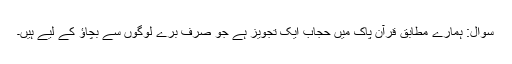
سوال: ہمارے مطابق قرآن پاک میں حجاب ایک تجویز ہے جو صرف بُرے لوگوں سے بچاؤ کے لیے ہیں۔